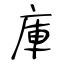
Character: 庫